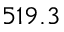
5 1 9 . 3